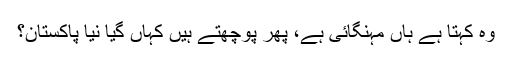
وہ کہتا ہے ہاں مہنگائی ہے، پھر پوچھتے ہیں کہاں گیا نیا پاکستان؟